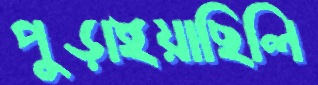
পুড়াইয়াছিলি